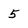
Character: 5